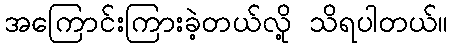
အကြောင်းကြားခဲ့တယ်လို့ သိရပါတယ်။